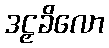
ဒဠှခိလော